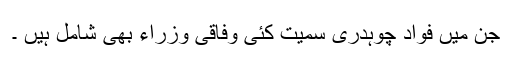
جن میں فواد چوہدری سمیت کئی وفاقی وزراء بھی شامل ہیں ۔